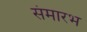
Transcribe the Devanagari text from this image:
संमारभ